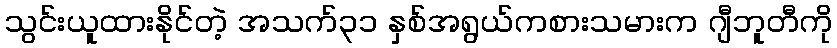
သွင်းယူထားနိုင်တဲ့ အသက်၃၁ နှစ်အရွယ်ကစားသမားက ဂျီဘူတီကို